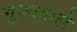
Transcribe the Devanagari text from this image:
गुफावाले